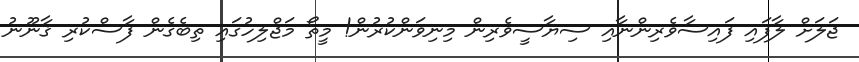
ޖަލަށް ލާފައި ފައިސާވެރިންނާއި ސިޔާސީވެރިން މިނިވަންކުރުން! މީތޯ މަޖްލިހުގައި ތިބެގެން ފާސްކުރި ޤާނޫނު